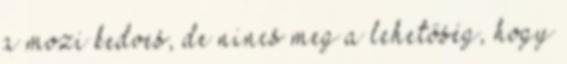
a mozi kedves, de nincs meg a lehetőség, hogy